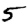
Digit: 5